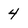
Character: 4